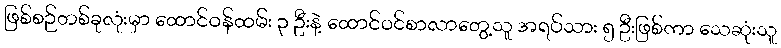
ဖြစ်စဉ်တစ်ခုလုံးမှာ ထောင်ဝန်ထမ်း ၃ ဦးနဲ့ ထောင်ဝင်စာလာတွေ့သူ အရပ်သား ၅ ဦးဖြစ်ကာ သေဆုံးသူ